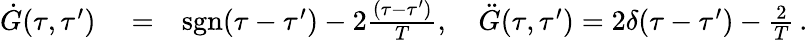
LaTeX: \begin{array}{rlr}{\dot{G}(\tau,\tau^{\prime})}&{{}=}&{\mathrm{sgn}(\tau-\tau^{\prime})-2\frac{(\tau-\tau^{\prime})}{T},\quad\ddot{G}(\tau,\tau^{\prime})=2{\delta}(\tau-\tau^{\prime})-\frac{2}{T}\, .}\end{array}